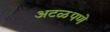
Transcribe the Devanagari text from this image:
अटळपणे